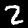
Label: 2